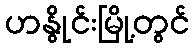
ဟနွိုင်းမြို့တွင်